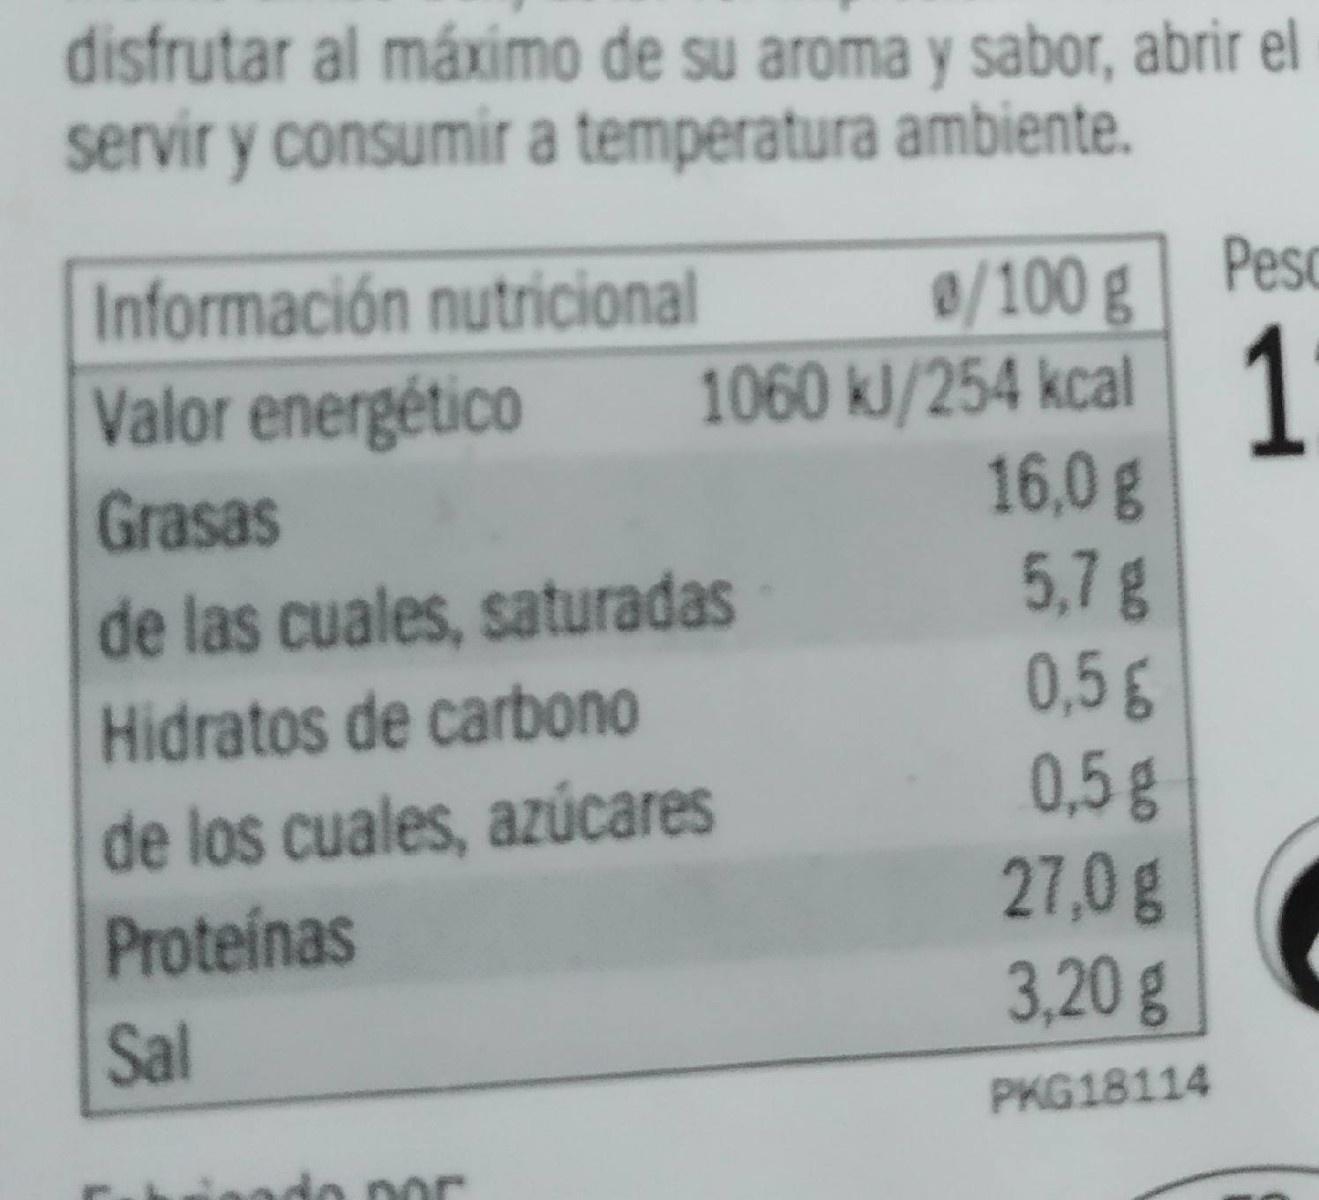
disfrutar al máximo de su aroma y sabor, abrir el servir y consumir a temperatura ambiente.
Pesc
0/100g 1060 kJ/254 kcal 1 16,0g 5,7g 0,5g 0,5g 27,0g 3,20g
Información nutricional
Valor energético Grasas de las cuales, saturadas
Hidratos de carbono
de los cuales, azúcares
Proteinas
Sal
PKG18114